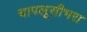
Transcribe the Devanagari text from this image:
चापलूसीभरा